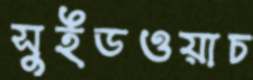
সুইডওয়াচ